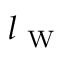
l _ { \mathrm { ~ W ~ } }